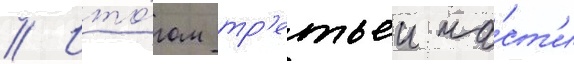
// Ито́гом тр'етьеи ча́ст'и